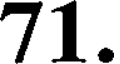
71.